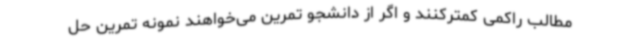
مطالب راکمی کمترکنند و اگر از دانشجو تمرین می‌خواهند نمونه تمرین حل